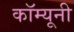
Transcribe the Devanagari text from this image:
कॉम्यूनी